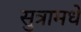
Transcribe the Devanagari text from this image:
सुत्रामधे